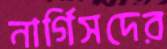
নার্গিসদের